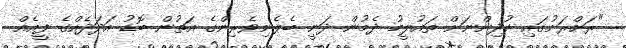
"ރަށްރަށުގައި ކުދިންނަށް ތައުލީމު ދެމުން ދަނީ ބެލެނިވެރިންގެ އަތުން ބޮޑު އަދަދެއްގެ ފީއެއް